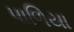
પાળિયા